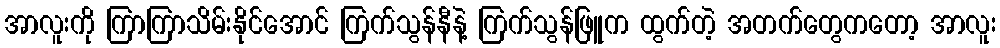
အာလူးကို ကြာကြာသိမ်းနိုင်အောင် ကြက်သွန်နီနဲ့ ကြက်သွန်ဖြူက ထွက်တဲ့ အတက်တွေကတော့ အာလူး